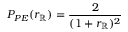
P _ { P E } ( r _ { \mathbb { R } } ) = \frac { 2 } { ( 1 + r _ { \mathbb { R } } ) ^ { 2 } }